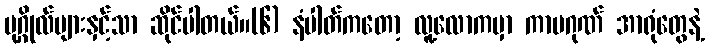
ပုဂ္ဂိုလ်များနှင့်သာ ဆိုင်ပါတယ်။(၆) နံပါတ်ကတော့ လူ့လောကမှာ ကာမဂုဏ် အာရုံတွေနဲ့